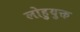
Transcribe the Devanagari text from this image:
लोहुयुक्त